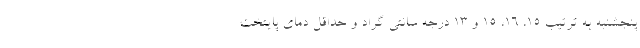
پنجشنبه به ترتیب ۱۵، ۱۶، ۱۵ و ۱۳ درجه سانتی گراد و حداقل دمای پایتخت